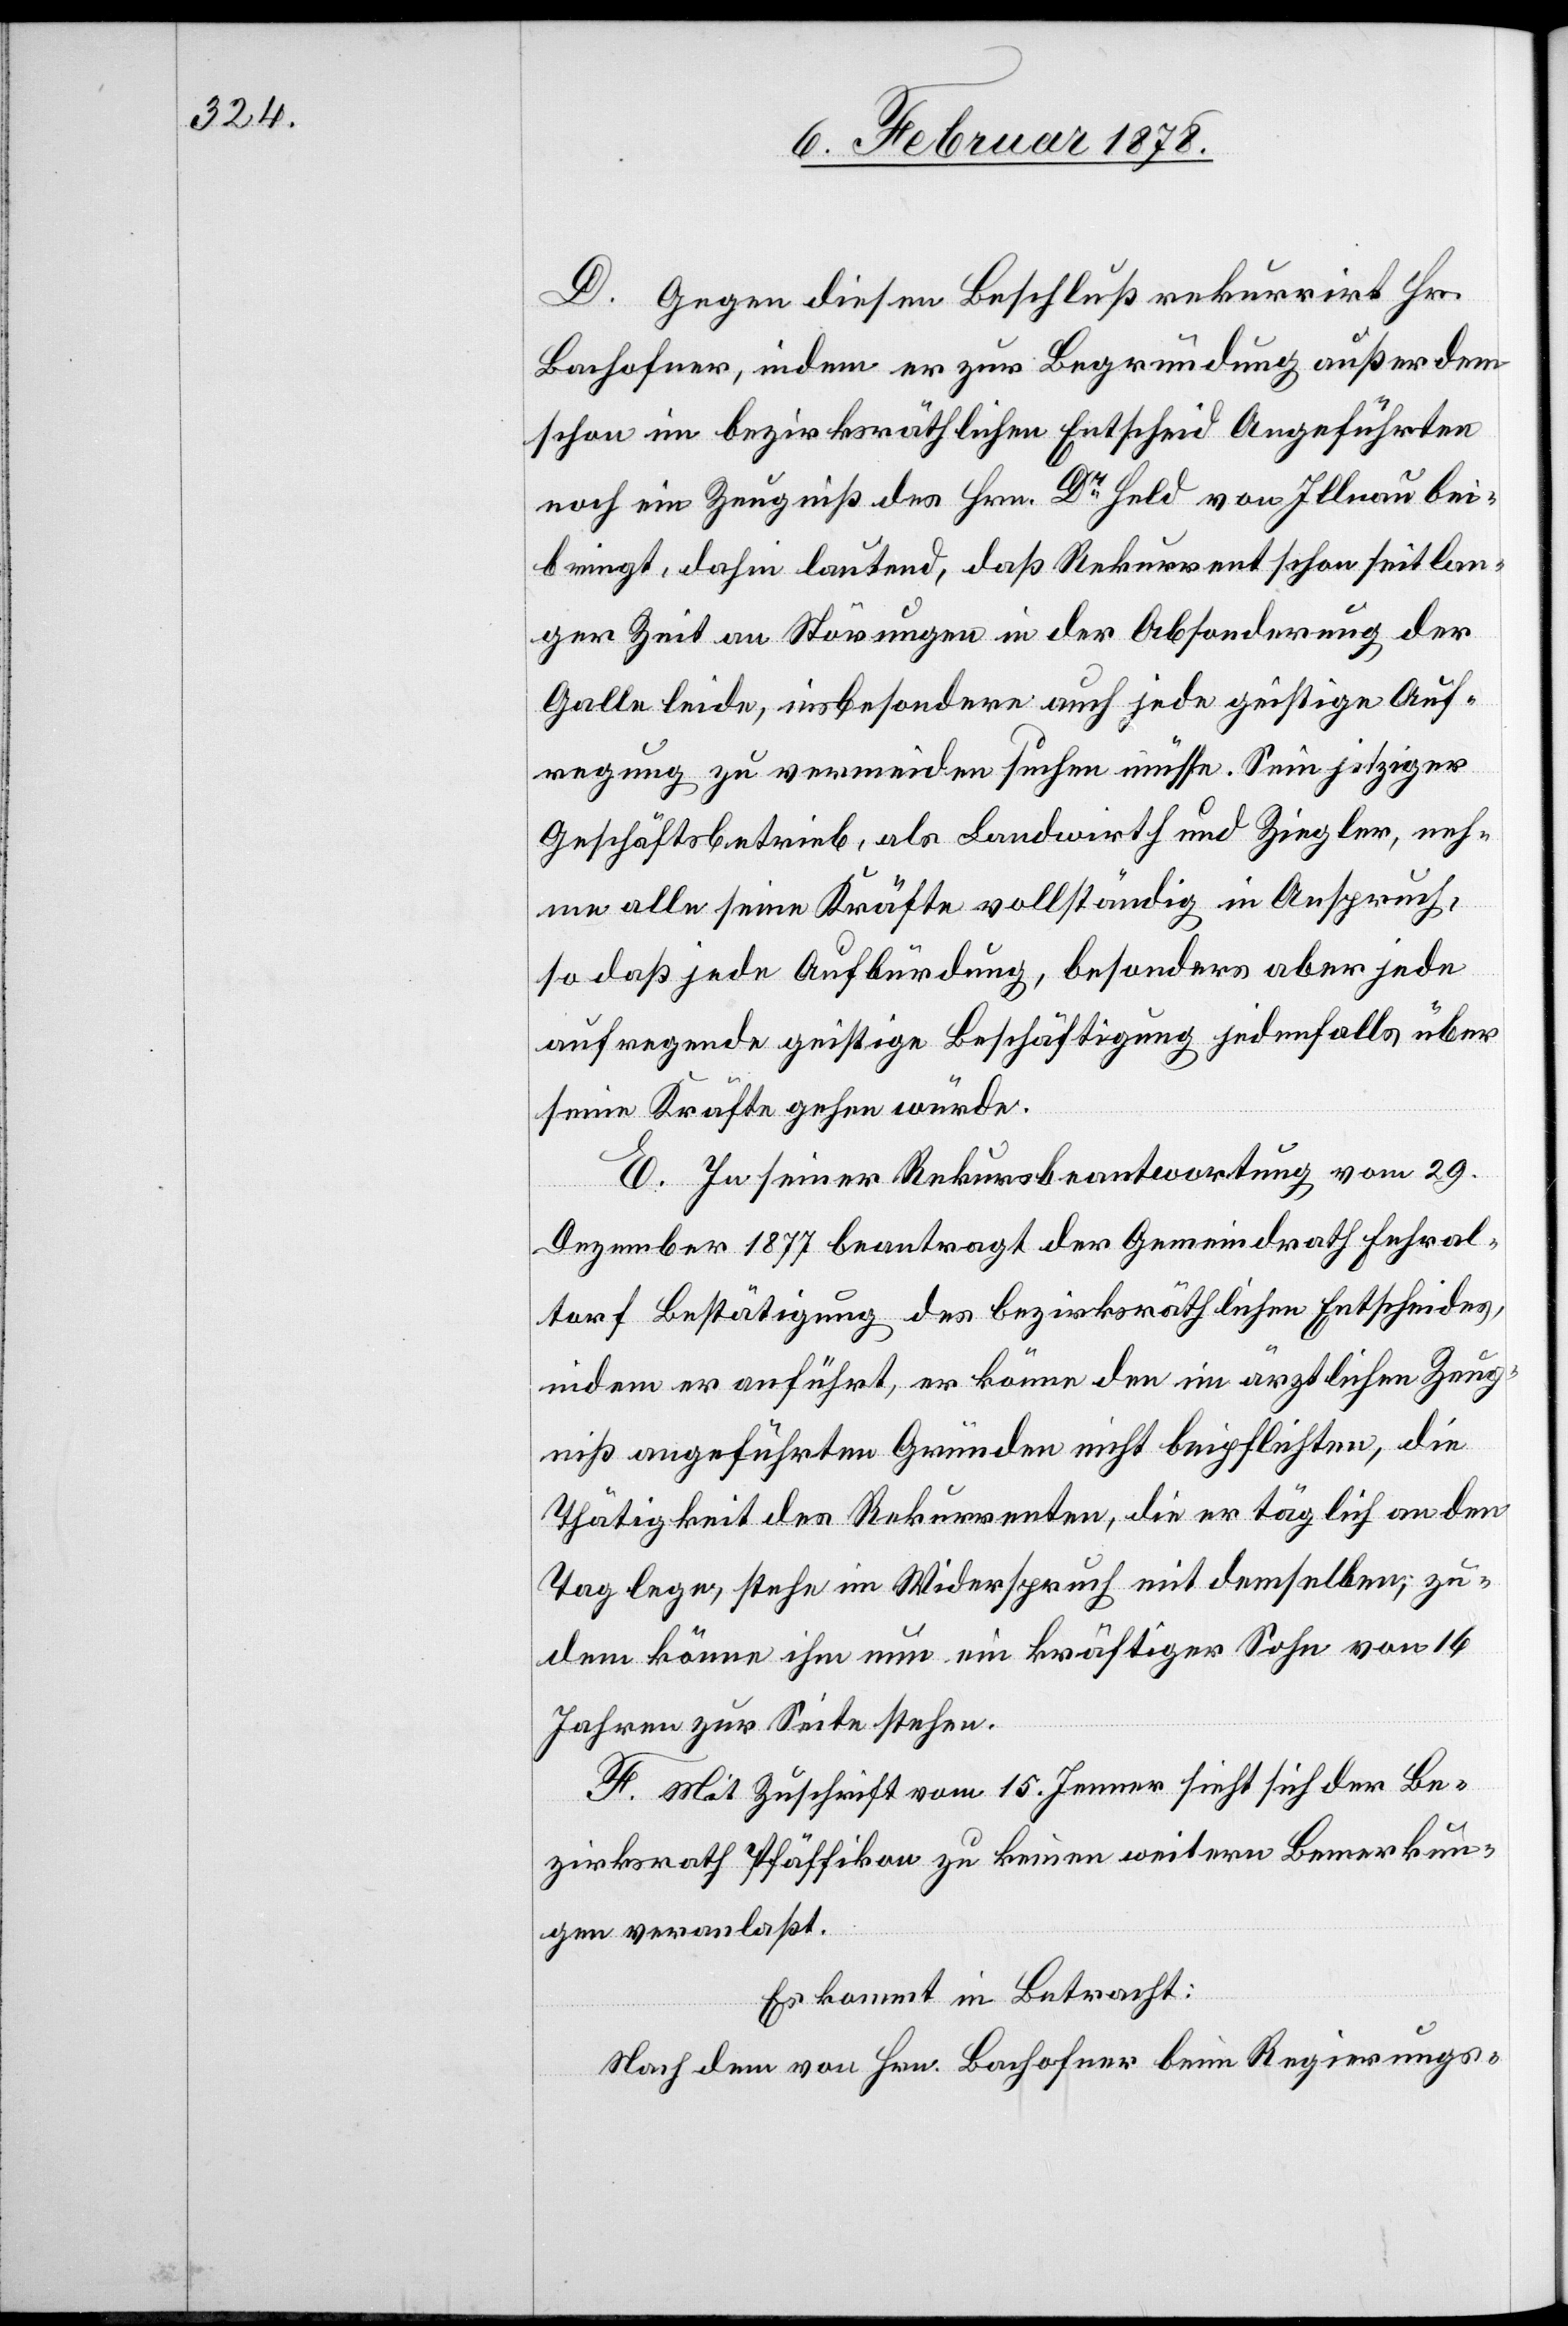
D. Gegen diesen Beschluß rekurrirt Hr.
Bachofner, indem er zur Begründung außer dem
schon im bezirksräthlichen Entscheid Angeführten
noch ein Zeugniß des Hrn. Dr Held von Illnau bei¬
bringt, dahin lautend, daß Rekurrent schon seit lan¬
ger Zeit an Störungen in der Absonderung der
Galle leide, insbesondere auch jede geistige Auf¬
regung zu vermeiden suchen müsse. Sein jetziger
Geschäftsbetrieb, als Landwirth und Ziegler, neh¬
me alle seine Kräfte vollständig in Anspruch,
so daß jede Aufbürdung, besonders aber jede
aufregende geistige Beschäftigung jedenfalls über
seine Kräfte gehen würde.
E. In seiner Rekursbeantwortung vom 29.
Dezember 1877 beantragt der Gemeindrath Fehral¬
torf Bestätigung des bezirksräthlichen Entscheides,
indem er anführt, er könne den im ärztlichen Zeug¬
niß angeführten Gründen nicht beipflichten, die
Thätigkeit des Rekurrenten, die er täglich an den
Tag lege, stehe im Widerspruch mit demselben; zu¬
dem könne ihm nun ein kräftiger Sohn von 16
Jahren zur Seite stehen.
F. Mit Zuschrift vom 15. Jenner sieht sich der Be¬
zirksrath Pfäffikon zu keinen weitern Bemerkun¬
gen veranlaßt.
Es kommt in Betracht:
Nach dem von Hrn. Bachofner beim Regierungs-